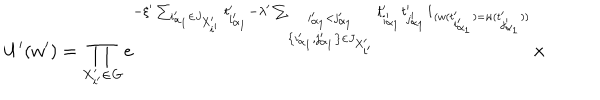
U ^ { \prime } ( w ^ { \prime } ) = \prod _ { X _ { i ^ { \prime } } ^ { \prime } \in { \it G } } e ^ { - \xi ^ { \prime } \sum _ { i _ { \alpha _ { 1 } } ^ { \prime } \in J _ { X _ { i ^ { \prime } } ^ { \prime } } } t _ { i _ { \alpha _ { 1 } } ^ { \prime } } ^ { \prime } - \lambda ^ { \prime } \sum _ { \stackrel { i _ { \alpha _ { 1 } } ^ { \prime } < j _ { \alpha _ { 1 } } ^ { \prime } } { \left\{ i _ { \alpha _ { 1 } } ^ { \prime } , j _ { \alpha _ { 1 } } ^ { \prime } \right\} \in J _ { X _ { i ^ { \prime } } ^ { \prime } } } } t _ { i _ { \alpha _ { 1 } } ^ { \prime } } ^ { \prime } t _ { j _ { \alpha _ { 1 } } ^ { \prime } } ^ { \prime } { \bf 1 } _ { ( w ( t _ { i _ { \alpha _ { 1 } } ^ { \prime } } ^ { \prime } ) = w ( t _ { j _ { \alpha _ { 1 } } ^ { \prime } } ^ { \prime } ) ) } } \times